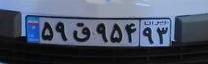
۵۹ق۹۵۴۹۳